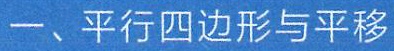
一、平行四边形与平移